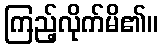
ကြည့်လိုက်မိ၏။